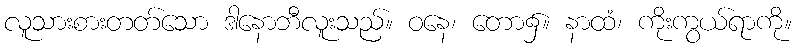
လူသားစားတတ်သော ဒါနောဘီလူးသည်။ ဝနေ၊ တော၌။ နာထံ၊ ကိုးကွယ်ရာကို။